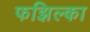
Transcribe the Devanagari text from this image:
फझिल्का